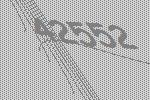
42552